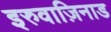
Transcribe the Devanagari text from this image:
इरुवाज़िनाड